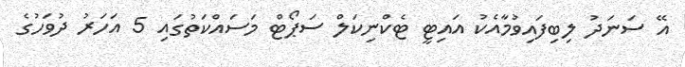
އޭ ސަނަދު ލިބިފައިވުމާއެކު އައިޓީ ޓެކްނިކަލް ސަޕޯޓް މަސައްކަތުގައި 5 އަހަރު ދުވަހުގެ